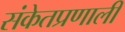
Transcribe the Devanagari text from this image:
संकेतप्रणालीं